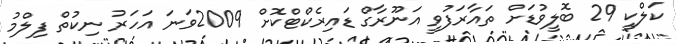
ކަލްކީ 29 ބޮލީވުޑަށް ތައާރަފުވީ އަނޫރާގް ޑައިރެކްޓްކޮށް 2009ވަނަ އަހަރު ނިކުތް ފިލްމު